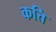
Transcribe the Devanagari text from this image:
कत्ति